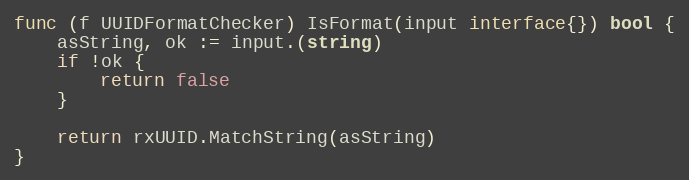
Language: Go
func (f UUIDFormatChecker) IsFormat(input interface{}) bool {
	asString, ok := input.(string)
	if !ok {
		return false
	}

	return rxUUID.MatchString(asString)
}